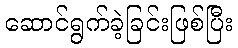
ဆောင်ရွက်ခဲ့ခြင်းဖြစ်ပြီး